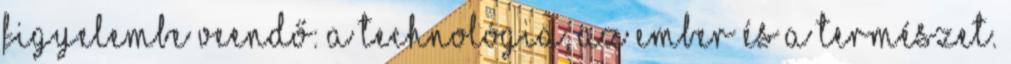
figyelembe veendő: a technológia, az ember és a természet.